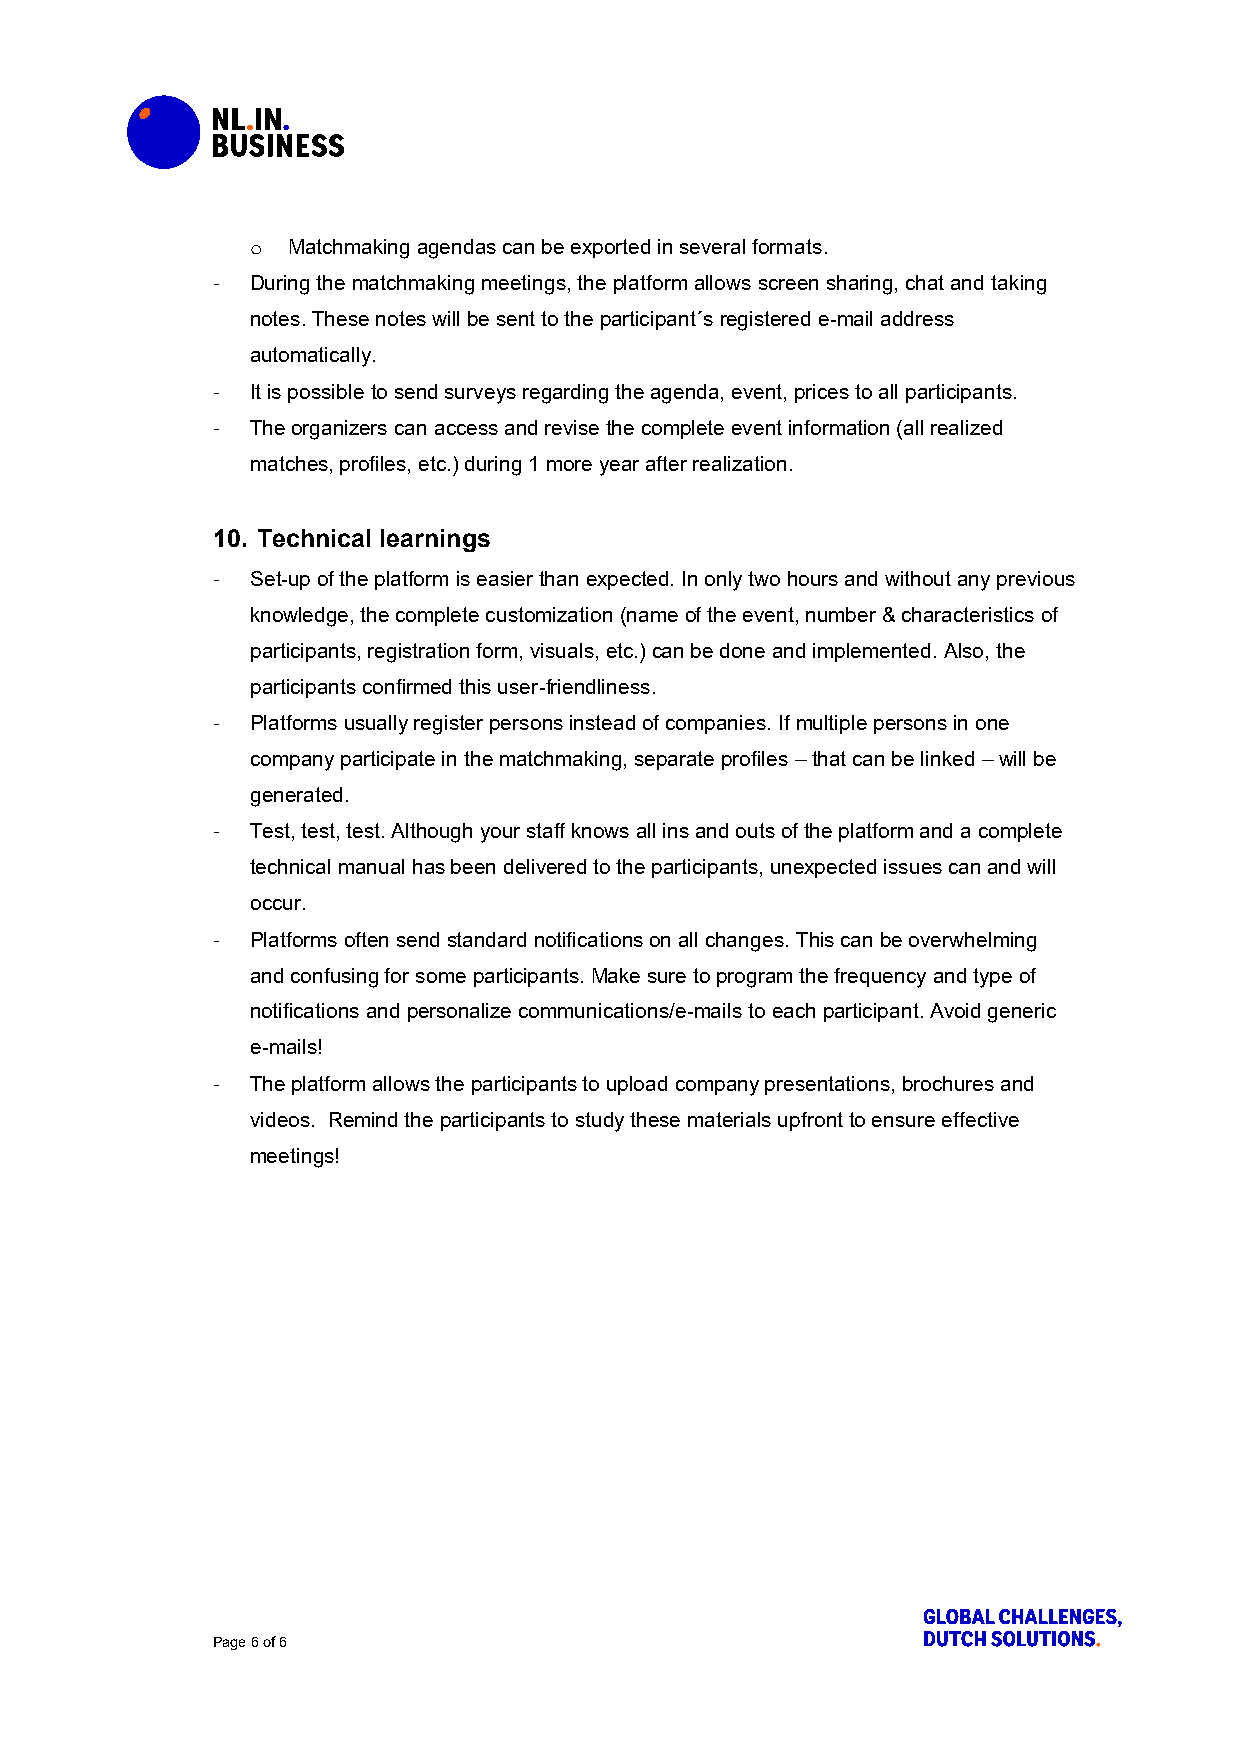
o Matchmaking agendas can be exported in several formats.
 -  During the matchmaking meetings, the platform allows screen sharing, chat and taking
 notes. These notes will be sent to the participant´s registered e-mail address
 automatically.
 -  It is possible to send surveys regarding the agenda, event, prices to all participants.
 -  The organizers can access and revise the complete event information (all realized
 matches, profiles, etc.) during 1 more year after realization.
 10. Technical learnings
 -  Set-up of the platform is easier than expected. In only two hours and without any previous
 knowledge, the complete customization (name of the event, number & characteristics of
 participants, registration form, visuals, etc.) can be done and implemented. Also, the
 participants confirmed this user-friendliness.
 -  Platforms usually register persons instead of companies. If multiple persons in one
 company participate in the matchmaking, separate profiles – that can be linked – will be
 generated.
 -  Test, test, test. Although your staff knows all ins and outs of the platform and a complete
 technical manual has been delivered to the participants, unexpected issues can and will
 occur.
 -  Platforms often send standard notifications on all changes. This can be overwhelming
 and confusing for some participants. Make sure to program the frequency and type of
 notifications and personalize communications/e-mails to each participant. Avoid generic
 e-mails!
 -  The platform allows the participants to upload company presentations, brochures and
 videos. Remind the participants to study these materials upfront to ensure effective
 meetings!
 Page 6 of 6